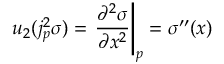
u _ { 2 } ( j _ { p } ^ { 2 } \sigma ) = \left. { \frac { \partial ^ { 2 } \sigma } { \partial x ^ { 2 } } } \right| _ { p } = \sigma ^ { \prime \prime } ( x )